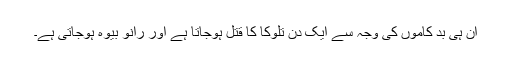
ان ہی بد کاموں کی وجہ سے ایک دن تلوکا کا قتل ہوجاتا ہے اور رانو بیوہ ہوجاتی ہے۔